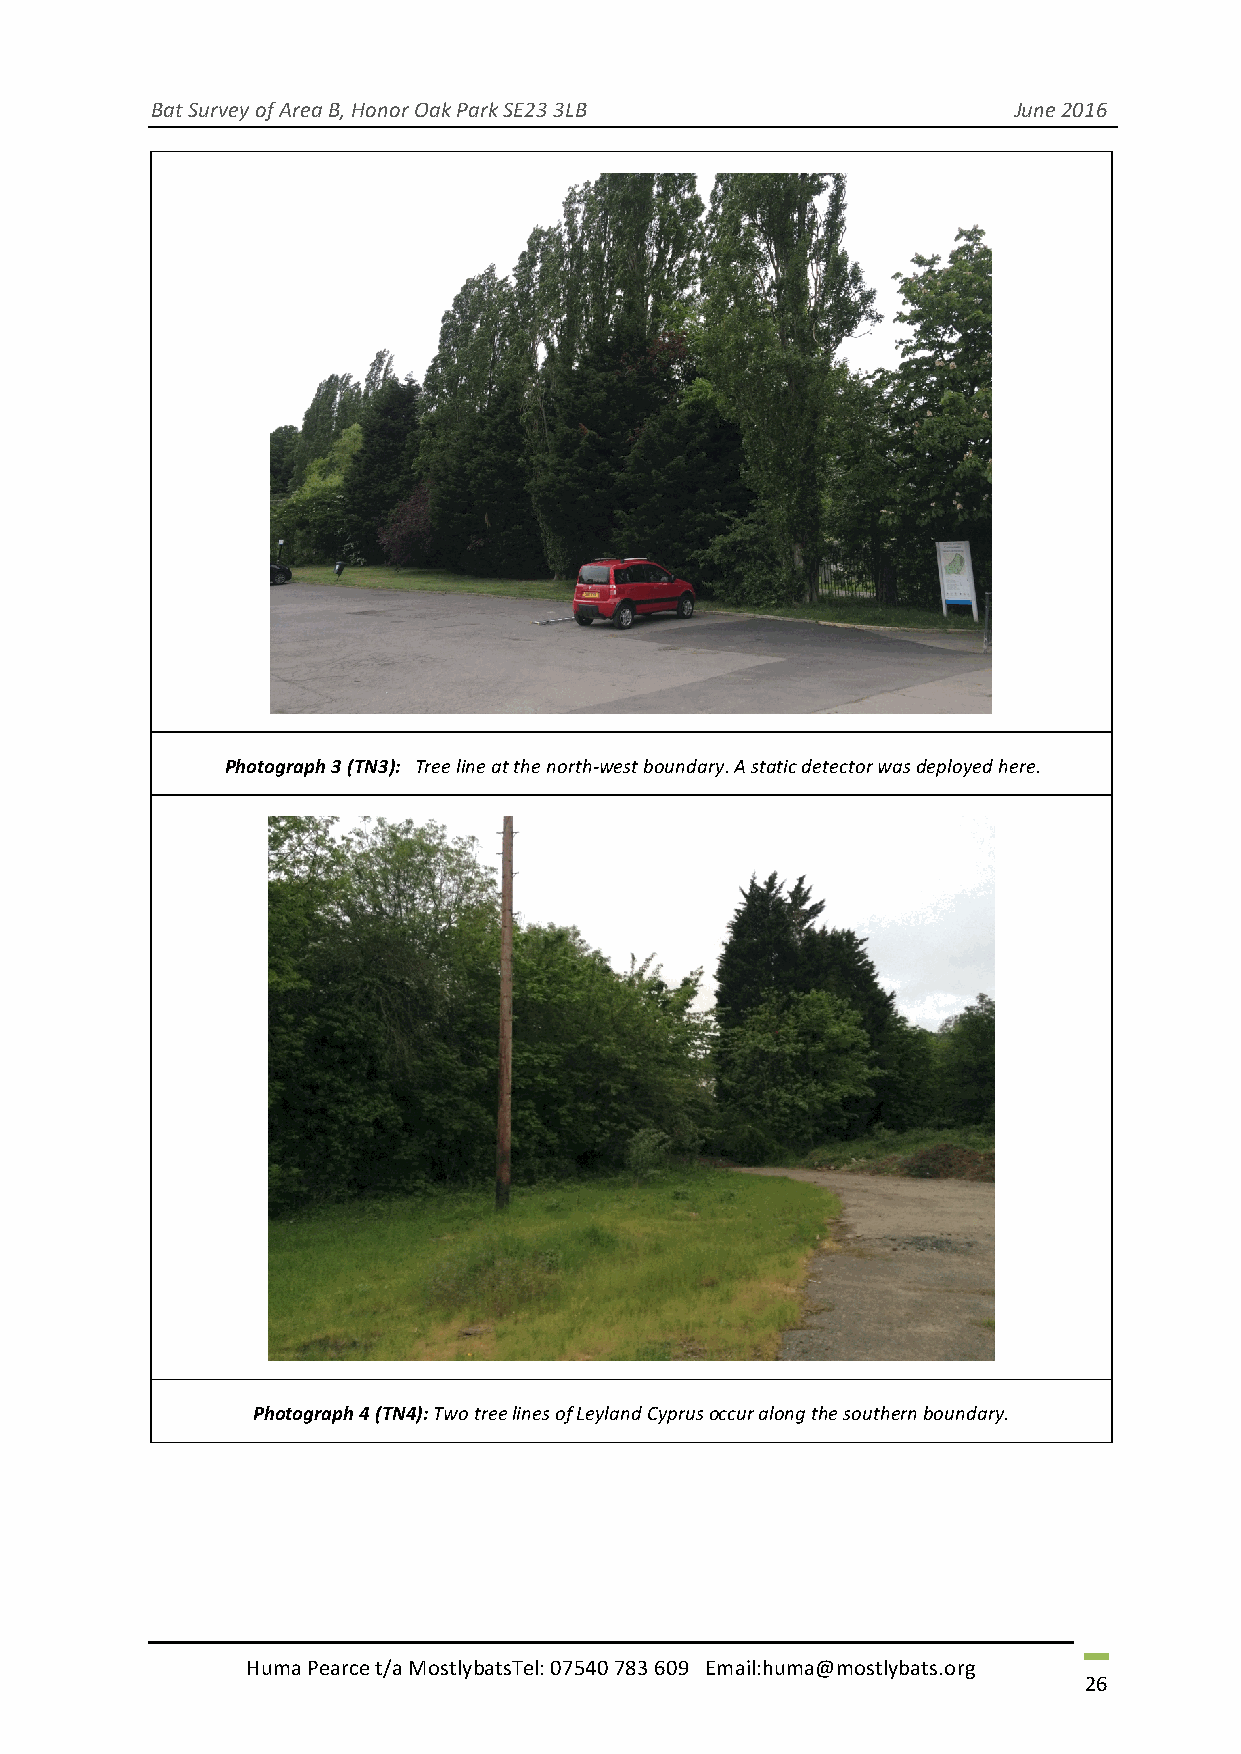
Bat Survey of Area B, Honor Oak Park SE23 3LB            June 2016
 Photograph 3 (TN3): Tree line at the north-west boundary. A static detector was deployed here.
 Photograph 4 (TN4): Two tree lines of Leyland Cyprus occur along the southern boundary.
 Huma Pearce t/a MostlybatsTel: 07540 783 609 Email:huma@mostlybats.org
 26